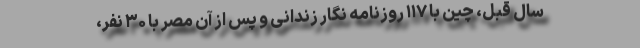
سال قبل، چین با ۱۱۷ روزنامه نگار زندانی و پس از آن مصر با ۳۰ نفر،